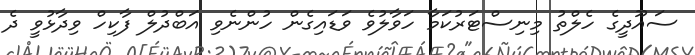
ސައޫދީގެ ހެލްތު މިނިސްޓަރުކަމާ ހަވާލުވެ ވަޑައިގެން ހުންނެވި އަބްދުލް ފާކިހް ވިދާޅުވީ ދެ